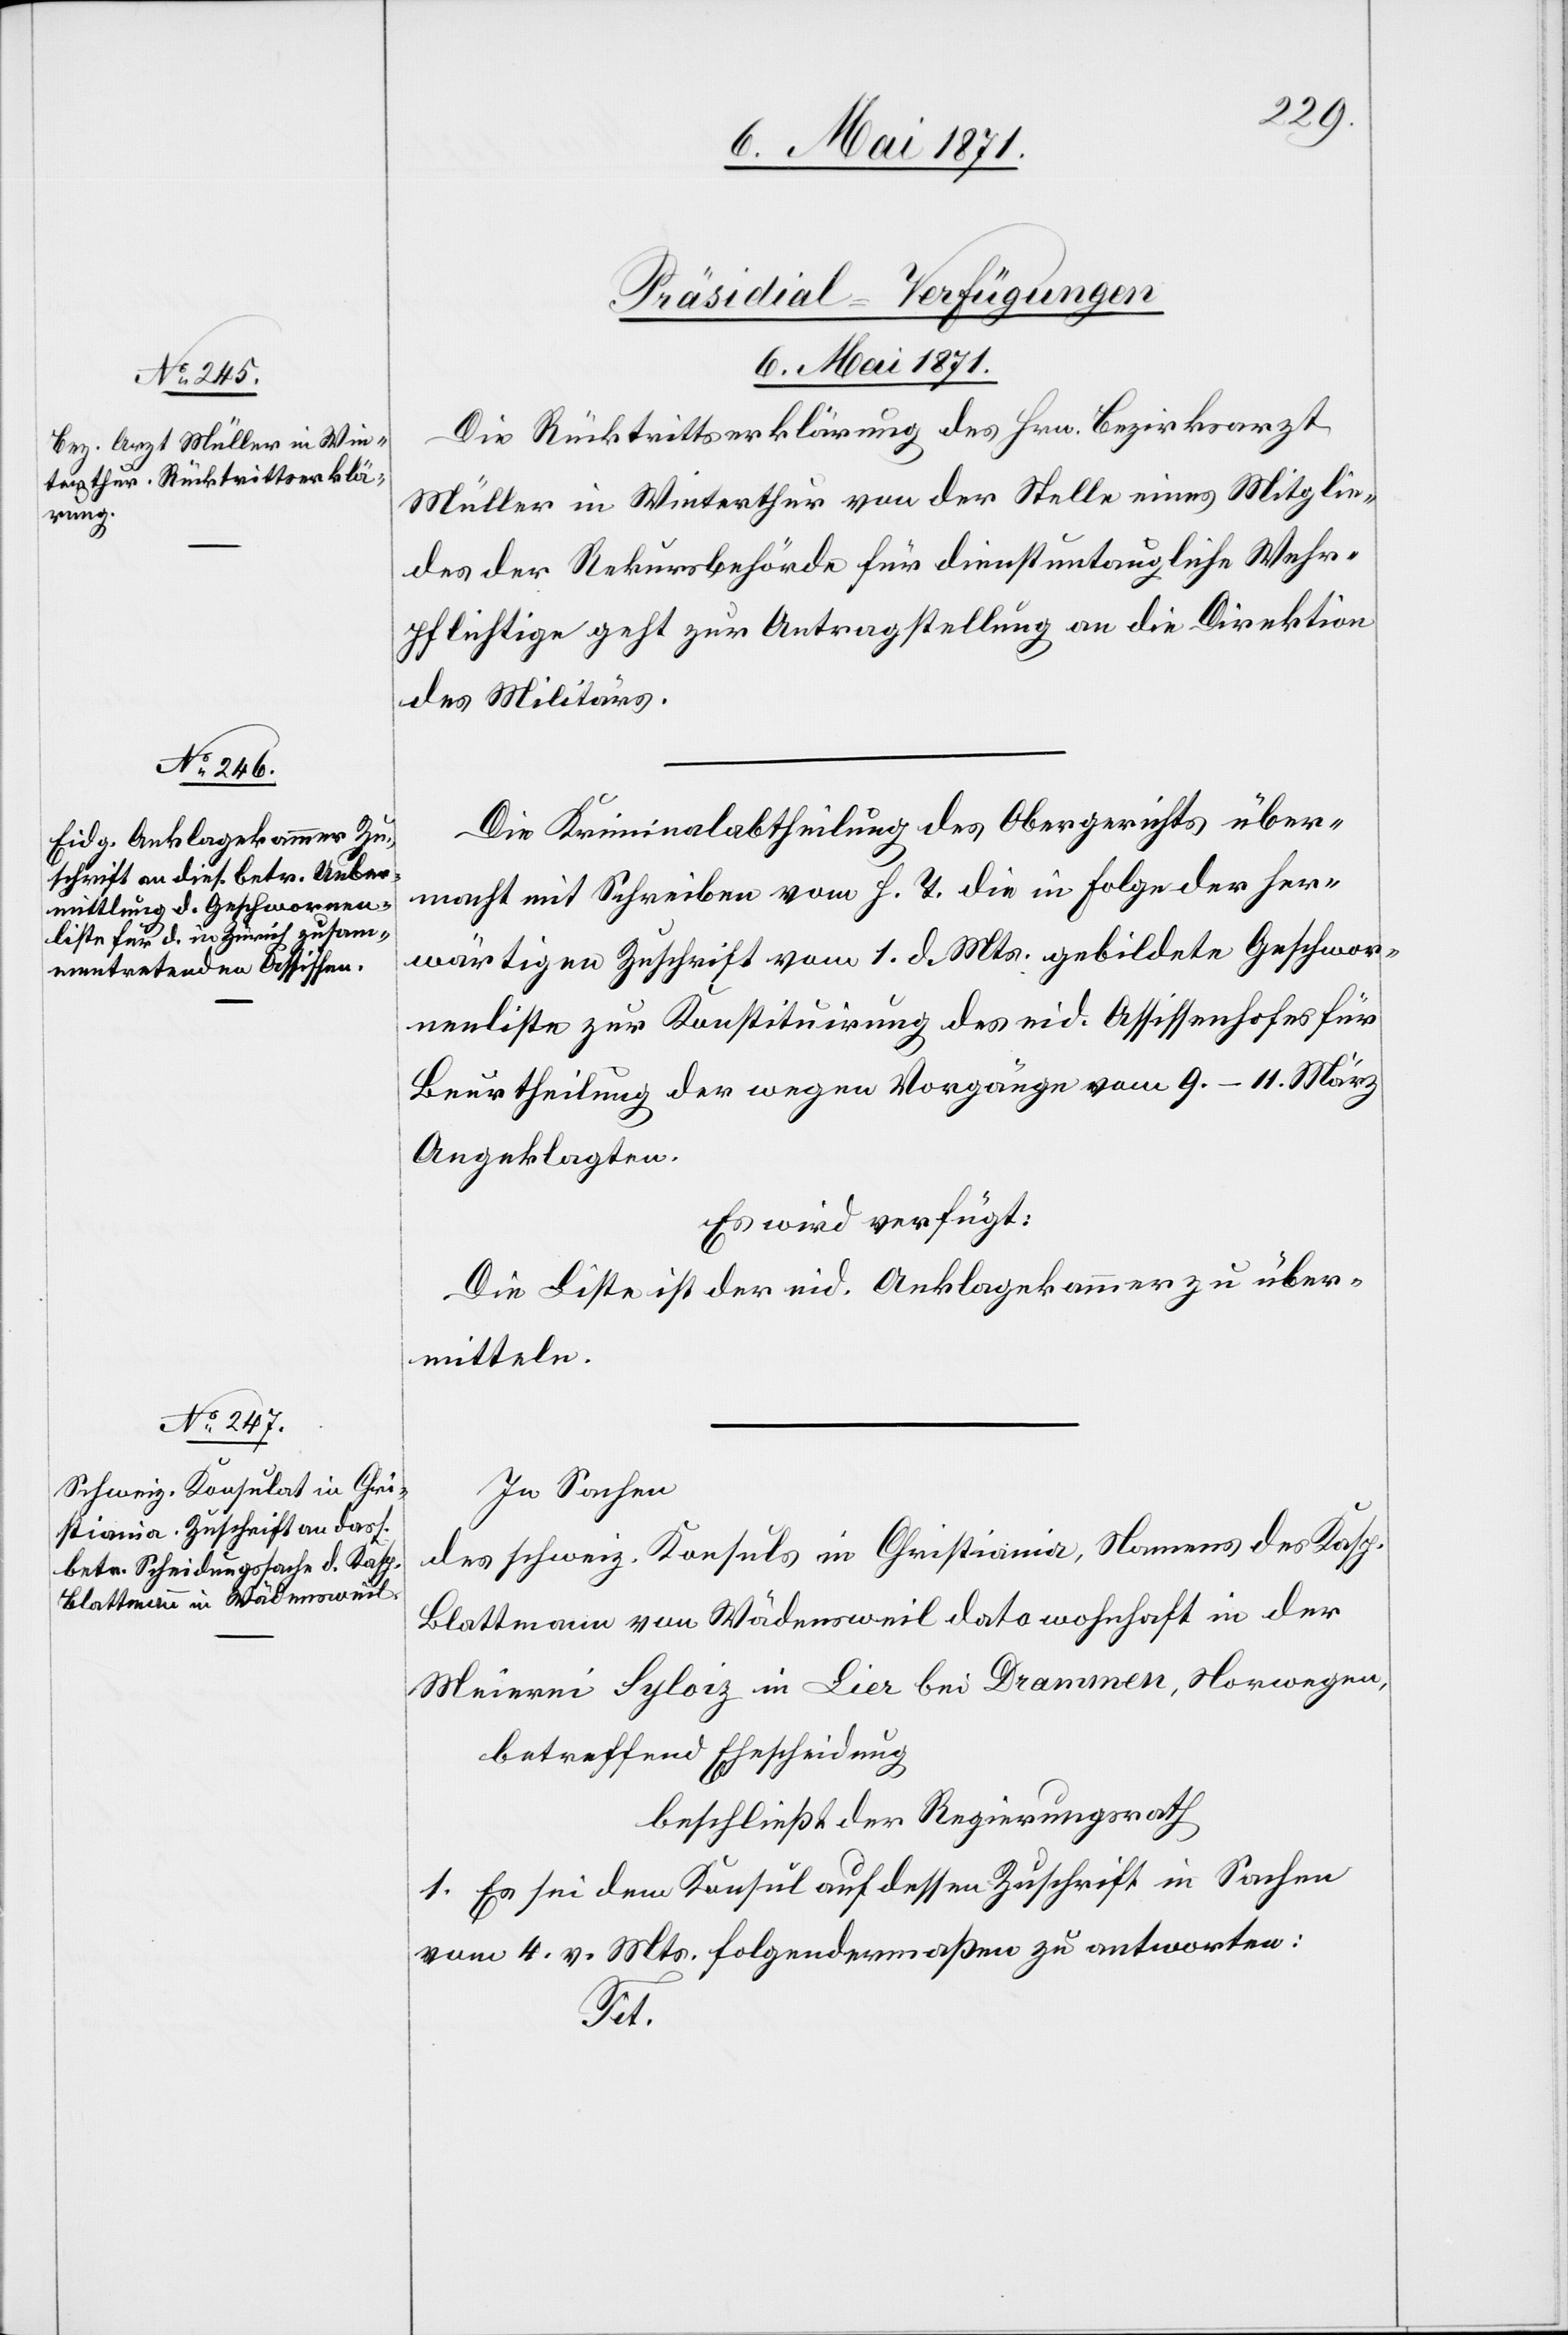
[Präsidial-Verfügungen
6. Mai 1871.]
Die Rücktrittserklärung des Hrn. Bezirksarzt
Müller in Winterthur von der Stelle eines Mitglie¬
des der Rekursbehörde für dienstuntaugliche Wehr¬
pflichtige geht zur Antragstellung an die Direktion
des Militärs.
Die Kriminalabtheilung des Obergerichts über¬
macht mit Schreiben vom h. T. die in Folge der her¬
wärtigen Zuschrift vom 1. d. Mts. gebildete Geschwore¬
nenliste zur Konstituirung des eid. Assissenhofes für
Beurtheilung der wegen Vorgänge vom 9.–11. März
Angeklagten.
Es wird verfügt:
Die Liste ist der eid. Anklagekammer zu über¬
mitteln.
In Sachen
des schweiz. Konsuls in Christiana, Namens des Kasp.
Blattmann von Wädensweil dato wohnhaft in der
Meierei Syloiz in Lier bei Drammen, Norwegen,
betreffend Ehescheidung
beschließt der Regierungsrath
1. Es sei dem Konsul auf dessen Zuschrift in Sachen
vom 4. v. Mts. folgendermaßen zu antworten:
Tit.